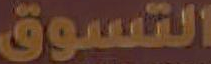
التسوق